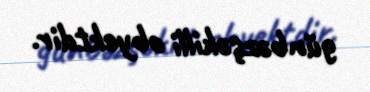
günbəzşəkilli obyektdir.